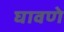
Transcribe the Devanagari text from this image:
घावणे